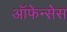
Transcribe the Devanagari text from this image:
ऑफेन्सेस